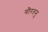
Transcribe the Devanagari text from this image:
गौरतनु